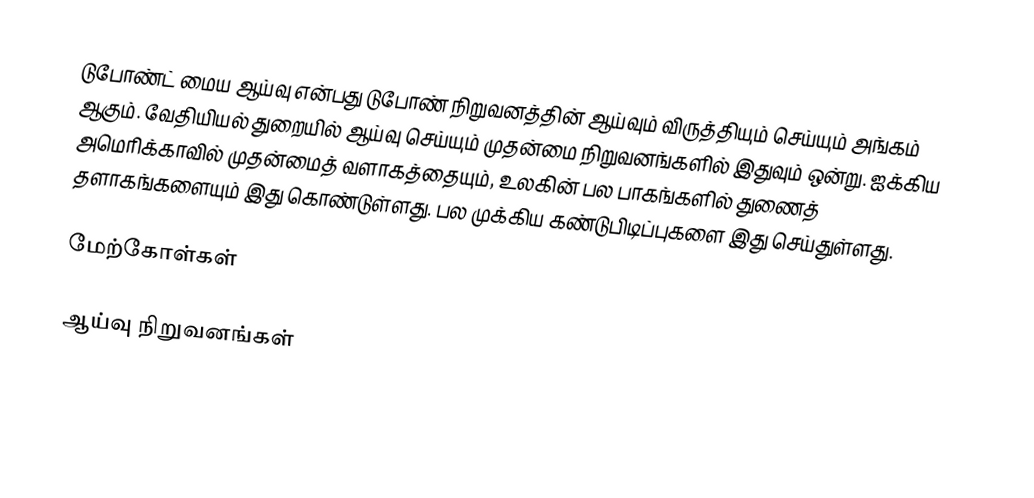
டுபோண்ட் மைய ஆய்வு என்பது டுபோண் நிறுவனத்தின் ஆய்வும் விருத்தியும் செய்யும் அங்கம் ஆகும்.  வேதியியல் துறையில் ஆய்வு செய்யும் முதன்மை நிறுவனங்களில் இதுவும் ஒன்று.  ஐக்கிய அமெரிக்காவில் முதன்மைத் வளாகத்தையும், உலகின் பல பாகங்களில் துணைத் தளாகங்களையும் இது கொண்டுள்ளது.  பல முக்கிய கண்டுபிடிப்புகளை இது செய்துள்ளது.

மேற்கோள்கள்

ஆய்வு நிறுவனங்கள்